Report of the Indian Hemp Drugs Commission, 1894-1895 - Volume V
Year: 1894
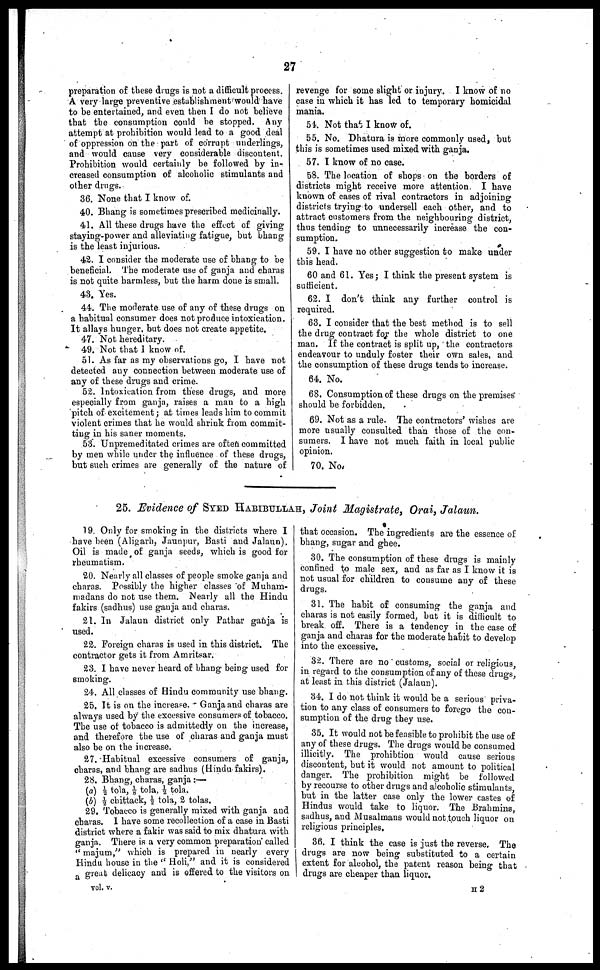
27
preparation of these drugs is not a difficult process.
A very large preventive establishment would have
to be entertained, and even then I do not believe
that the consumption could he stopped. Any
attempt at prohibition would lead to a good deal
of oppression on the part of corrupt underlings,
and would cause very considerable discontent.
Prohibition would certainly be followed by in-
creased consumption of alcoholic stimulants and
other drugs.
36. None that I know of.
40. Bhang is sometimes prescribed medicinally.
41. All these drugs have the effect of giving
staying-power and alleviating fatigue, but bhang
is the least injunious.
42. I consider the moderate use of bhang to be
beneficial. The moderate use of ganja and charas
is not quite harmless, but the harm done is small.
43. Yes.
44. The moderate use of any of these drugs on
a habitual consumer does not produce intoxication.
It allays hunger, but does not create appetite.
47. Not hereditary.
49. Not that I know of.
51. As far as my observations go, I have not
detected any connection between moderate use of
any of these drugs and crime.
52. Intoxication from these drugs, and more
especially from ganja, raises a man to a high
pitch of excitement; at times leads him to commit
violent crimes that he would shrink from commit-
ting in his saner moments.
53. Unpremeditated crimes are often committed
by men while under the influence of these drugs,
but 6uch crimes are generally of the nature of
revenge for some slight or injury. I know of no
case in which it has led to temporary homicidal
mania.
51. Not that I know of.
55. No. Dhatura is more commonly used, but
this is sometimes used mixed with ganja.
57. I know of no case.
58. The location of shops on the borders of
districts might receive more attention. I have
known of eases of rival contractors in adjoining
districts trying to undersell each other, and to
attract customers from the neighbouring district,
thus tending to unnecessarily increase the con-
sumption.
59. I have no other suggestion to make under
this head.
60 and 61. Yes; I think the present system is
sufficient.
62. I don't think any further control is
required.
63. I consider that the best method is to sell
the drug contract for the whole district to one
man. If the contract is split up, the contractors
endeavour to unduly foster their own sales, and
the consumption of these drugs tends to increase.
64. No.
68. Consumption of these drugs on the premises
should be forbidden.
69. Not as a rule. The contractors' wishes are
more usually consulted than those of the con-
sumers. I have not much faith in local public
opinion.
70. No.
25. Evidence of SYED HABIBULLAH, Joint Magistrate, Orai, Jalaun.
19. Only for smoking in the districts where I
have been (Aligarh, Jaunpur, Basti and Jalaun).
Oil is made of ganja seeds, which is good for
rheumatism.
20. Nearly all classes of people smoke ganja and
charas. Possibly the higher classes of Muham-
madans do not use them. Nearly all the Hindu
fakirs (sadhus) use ganja and charas.
21. In Jalaun district only Pathar ganja is
used.
22. Foreign charas is used in this district. The
contractor gets it from Amritsar.
23. I have never heard of bhang being used for
smoking.
24. All classes of Hindu community use bhang.
25. It is on the increase. Ganja and charas are
always used by the excessive consumers of tobacco.
The use of tobacco is admittedly on the increase,
and therefore the use of charas and ganja must
also be on the increase.
27. Habitual excessive consumers of ganja,
charas, and bhang are sadhus (Hindu fakirs).
28. Bhang, charas, ganja:—
(a) ½ tola, 1/8 tola. ½ tola.
(b) ½ chittack, ½ tola, 2 tolas.
29. Tobacco is generally mixed with ganja and
charas. I have some recollection of a case in Basti
district where a fakir was said to mix dhatura with
ganja. There is a very common preparation called
"majum," which is prepared in nearly every
Hindu house in the "Holi," and it is considered
great delicacy and is offered to the visitors on
vol. v.
that occasion. The ingredients are the essence of
bhang, sugar and ghee.
30. The consumption of these drugs is mainly
confined to male sex, and as far as I know it is
not usual for children to consume any of these
drugs.
31. The habit of consuming the ganja and
charas is not easily formed, but it is difficult to
break off. There is a tendency in the case of
ganja and charas for the moderate habit to develop
into the excessive.
32. There are no customs, social or religious,
in regard to the consumption of any of these drugs,
at least in (his district (Jalaun).
34. I do not think it would be a serious priva-
tion to any class of consumers to forego the con-
sumption of the drug they use.
35. It would not be feasible to prohibit the use of
any of these drugs. The drugs would be consumed
illicitly. The prohibtion would cause serious
discontent, but it would not amount to political
danger. The prohibition might be followed
by recourse to other drugs and alcoholic stimulants,
but in the latter case only the lower castes of
Hindus would take to liquor. The Brahmins,
sadhus, and Musalmans would not touch liquor on
religious principles.
36. I think the case is just the reverse. The
drugs are now being substituted to a certain
extent for alcohol, the patent reason being that
drugs are cheaper than liquor.
II 2